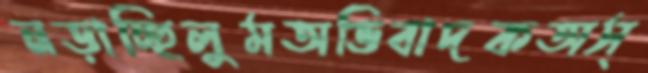
নড়াচ্ছিলুমঅভিবাদকঅস্